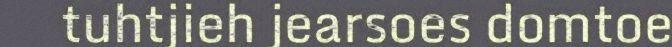
tuhtjieh jearsoes domtoe